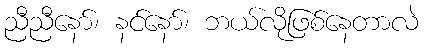
ညီညီနော်၊ နင်နော်၊ ဘယ်လိုဖြစ်နေတာလဲ